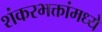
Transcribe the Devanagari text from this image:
शंकरभक्तांमध्ये